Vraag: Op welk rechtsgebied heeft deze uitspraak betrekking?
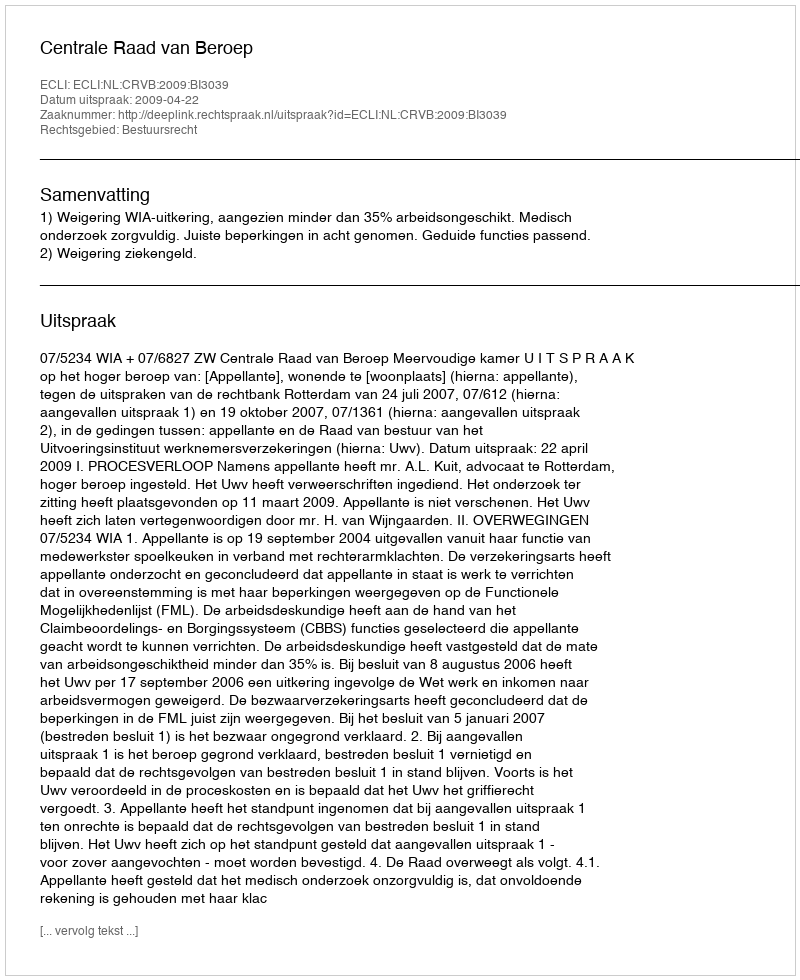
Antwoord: Bestuursrecht